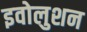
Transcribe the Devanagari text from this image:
इवोलुशन